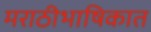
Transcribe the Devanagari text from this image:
मराठीभाषिकात